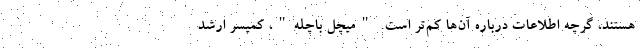
هستند، گرچه اطلاعات درباره آن‌ها کم‌تر است. "میچل باچله"، کمیسر ارشد